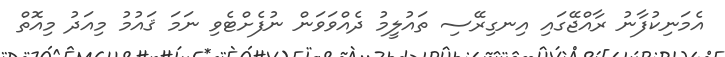
އެމަނިކުފާނު ރާއްޖޭގައި އިނގިރޭސި ތައުލީމު ދެއްވަވަން ނުފެށްޓެވި ނަމަ ޤައުމު މިއަދު މިއޮތް